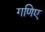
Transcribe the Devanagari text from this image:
गणिए